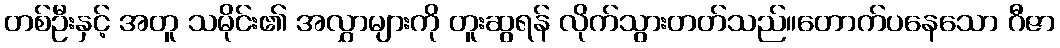
တစ်ဦးနှင့် အတူ သမိုင်း၏ အလွှာများကို တူးဆွရန် လိုက်သွားတတ်သည်။တောက်ပနေသော ဂီဇာ